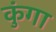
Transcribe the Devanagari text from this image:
कुंगा